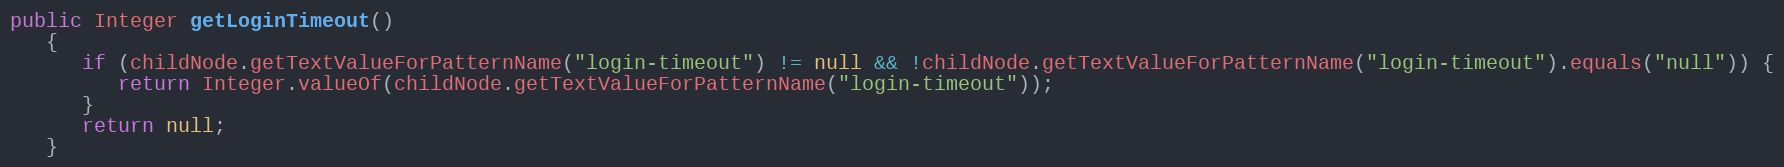
Language: Java
public Integer getLoginTimeout()
   {
      if (childNode.getTextValueForPatternName("login-timeout") != null && !childNode.getTextValueForPatternName("login-timeout").equals("null")) {
         return Integer.valueOf(childNode.getTextValueForPatternName("login-timeout"));
      }
      return null;
   }